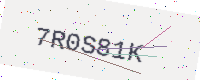
Text: 7R0S81K